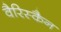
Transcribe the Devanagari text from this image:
वैरिस्कैन